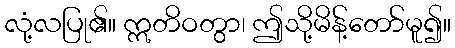
လုံ့လပြု၏။ ဣတိဝတွာ၊ ဤသို့မိန့်တော်မူ၍။